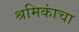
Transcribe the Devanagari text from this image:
श्रमिकांचा